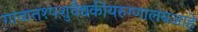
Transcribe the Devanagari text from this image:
गावात१पशुवैद्यकीयरुग्णालयआहे